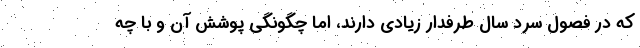
که در فصول سرد سال طرفدار زیادی دارند، اما چگونگی پوشش آن و با چه